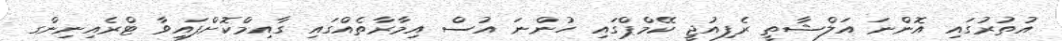
އުތުރުގައި އޮންނަ އަލްޝާތީ ރެފިއުޖީ ކޭމްޕްގައި ހުންނަ އުސް އިމާރާތެއްގައި ގާއިމްކޮށްފައިވާ ޓްރެއިނިންގ